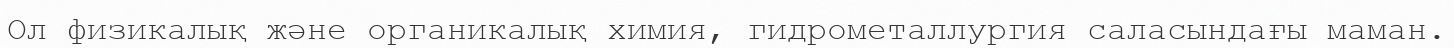
Ол физикалық және органикалық химия, гидрометаллургия саласындағы маман.